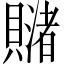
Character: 𧸓